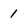
Character: 1